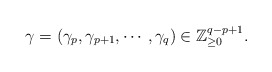
\begin{align*}\gamma=(\gamma_p, \gamma_{p+1}, \cdots, \gamma_q)\in \mathbb{Z}^{q-p+1}_{\ge 0}. \end{align*}